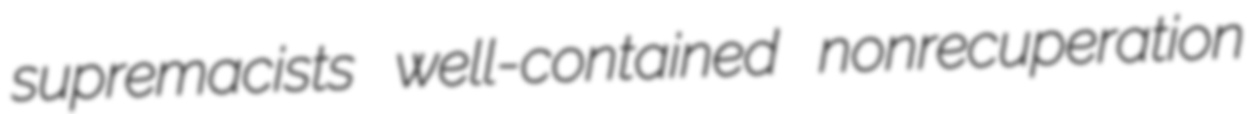
supremacists well-contained nonrecuperation